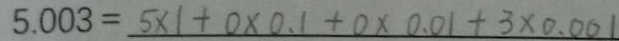
5 . 0 0 3 = 5 \times 1 + 0 \times 0 . 1 + 0 \times 0 . 0 1 + 3 \times 0 . 0 0 1